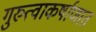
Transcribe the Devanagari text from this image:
गुरुत्वाकर्षाणात